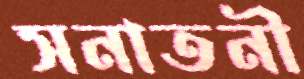
সনাতনী